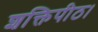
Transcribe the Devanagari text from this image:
शक्तिपीठ।